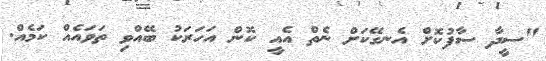
"ސީދާ ސާފުކޮށް އެނގޭކަށް ނެތް އެއީ ކޮން އަހަރަކު ބޭއްވި ތަވައެއް ކަމެއް.